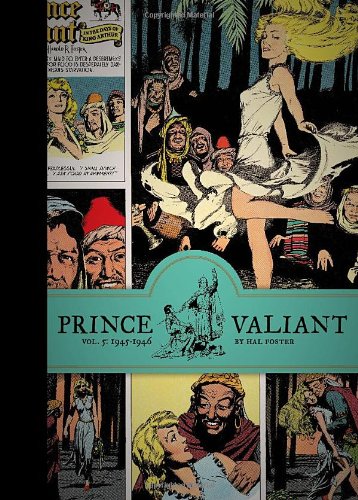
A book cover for Prince Valiant, Vol. 5: 1945-1946; Hal Foster; Comics & Graphic Novels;